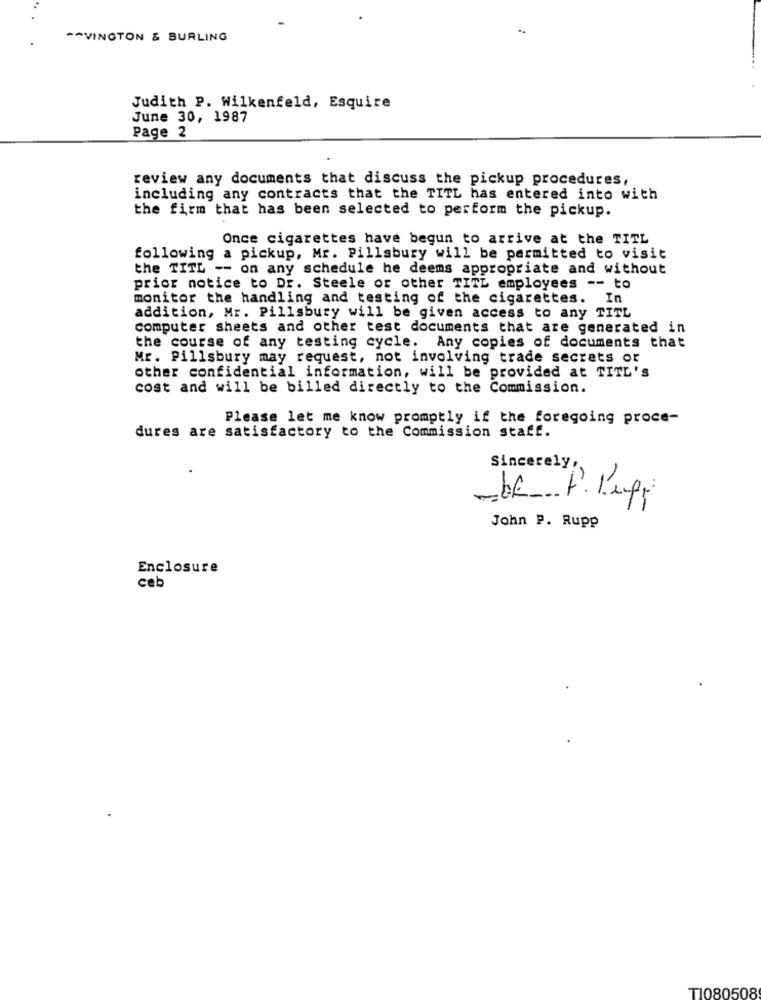
^^VINGTON & BURLING
Judith P. Wilkenfeld, Esquire
June 30, 1987
Page 2
review any documents that discuss the pickup procedures,
including any contracts that the TITL has entered into with
the firm that has been selected to perform the pickup.
Once cigarettes have begun to arrive at the TITL
following a pickup, Mr. Pillsbury will be permitted to visit
the TITL -- on any schedule he deems appropriate and without
prior notice to Dr. Steele or other TITL employees -- to
monitor the handling and testing of the cigarettes. In
addition, Mr. Pillsbury will be given access to any TITL
computer sheets and other test documents that are generated in
the course of any testing cycle. Any copies of documents that
Mr. Pillsbury may request, not involving trade secrets or
other confidential information, will be provided at TITL's
cost and will be billed directly to the Commission.
Please let me know promptly if the foregoing proce-
dures are satisfactory to the Commission staff.
Sincerely
bf P. l'upp
John P. Rupp
Enclosure
ceb
T1080508